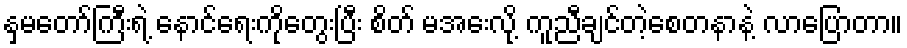
နှမတော်ကြီးရဲ့ နောင်ရေးကိုတွေးပြီး စိတ် မအေးလို့ ကူညီချင်တဲ့စေတနာနဲ့ လာပြောတာ။